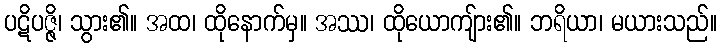
ပဋိပဇ္ဇိ၊ သွား၏။ အထ၊ ထိုနောက်မှ။ အဿ၊ ထိုယောကျ်ား၏။ ဘရိယာ၊ မယားသည်။